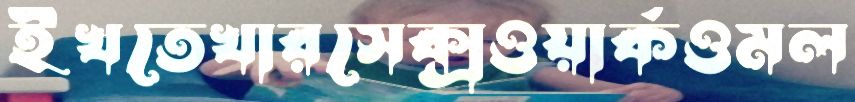
ইখতেখারসেক্সওয়ার্কওমল